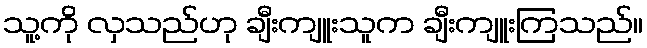
သူ့ကို လှသည်ဟု ချီးကျူးသူက ချီးကျူးကြသည်။